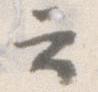
云